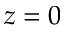
z = 0